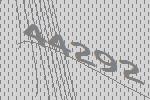
44292